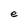
Character: e